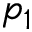
p _ { 1 }